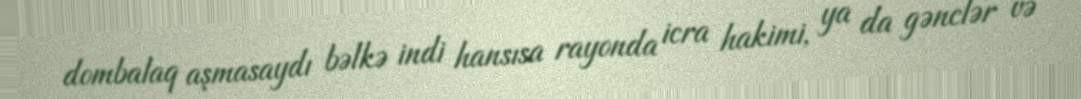
dombalaq aşmasaydı bəlkə indi hansısa rayonda icra hakimi, ya da gənclər və